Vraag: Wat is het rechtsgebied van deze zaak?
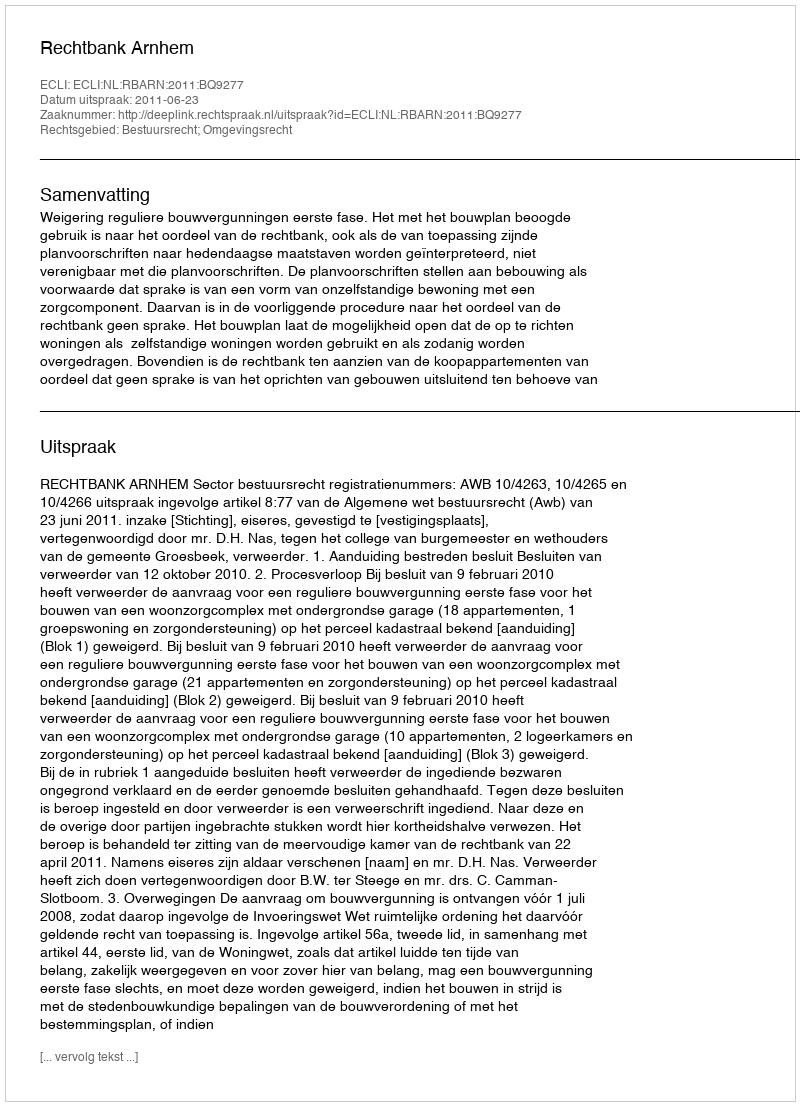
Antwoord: Bestuursrecht; Omgevingsrecht